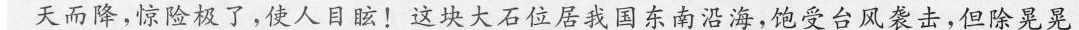
天而降，惊险极了，使人目眩！这块大石位居我国东南沿海，饱受台风袭击，但除晃晃